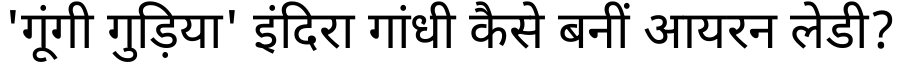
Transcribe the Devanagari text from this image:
'गूंगी गुड़िया' इंदिरा गांधी कैसे बनीं आयरन लेडी?